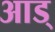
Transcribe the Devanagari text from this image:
आड्